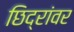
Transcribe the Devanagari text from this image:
छिद्रांवर